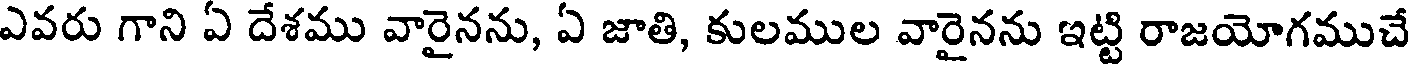
ఎవరు గాని ఏ దేశము వారైనను, ఏ జాతి, కులముల వారైనను ఇట్టి రాజయోగముచే